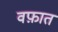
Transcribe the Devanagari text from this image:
वफ़ात